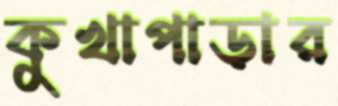
কুখাপাড়ার